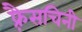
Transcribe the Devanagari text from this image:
फ़्रैसचिनी